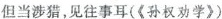
但当涉猎，见往事耳(《孙权劝学》)